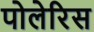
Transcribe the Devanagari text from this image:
पोलेरिस